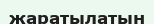
жаратылатын